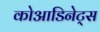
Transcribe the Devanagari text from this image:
कोआडिनेट्स